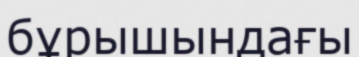
бұрышындағы